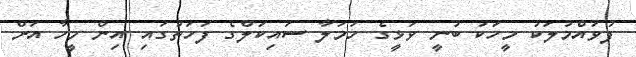
ފުވައްމުލަކު މީހަކު ބުނީ ވަޅީގެ ހަމަލާ ސައިކަލްގެ ފަހަތުގައި އިން މީހާ އަށް